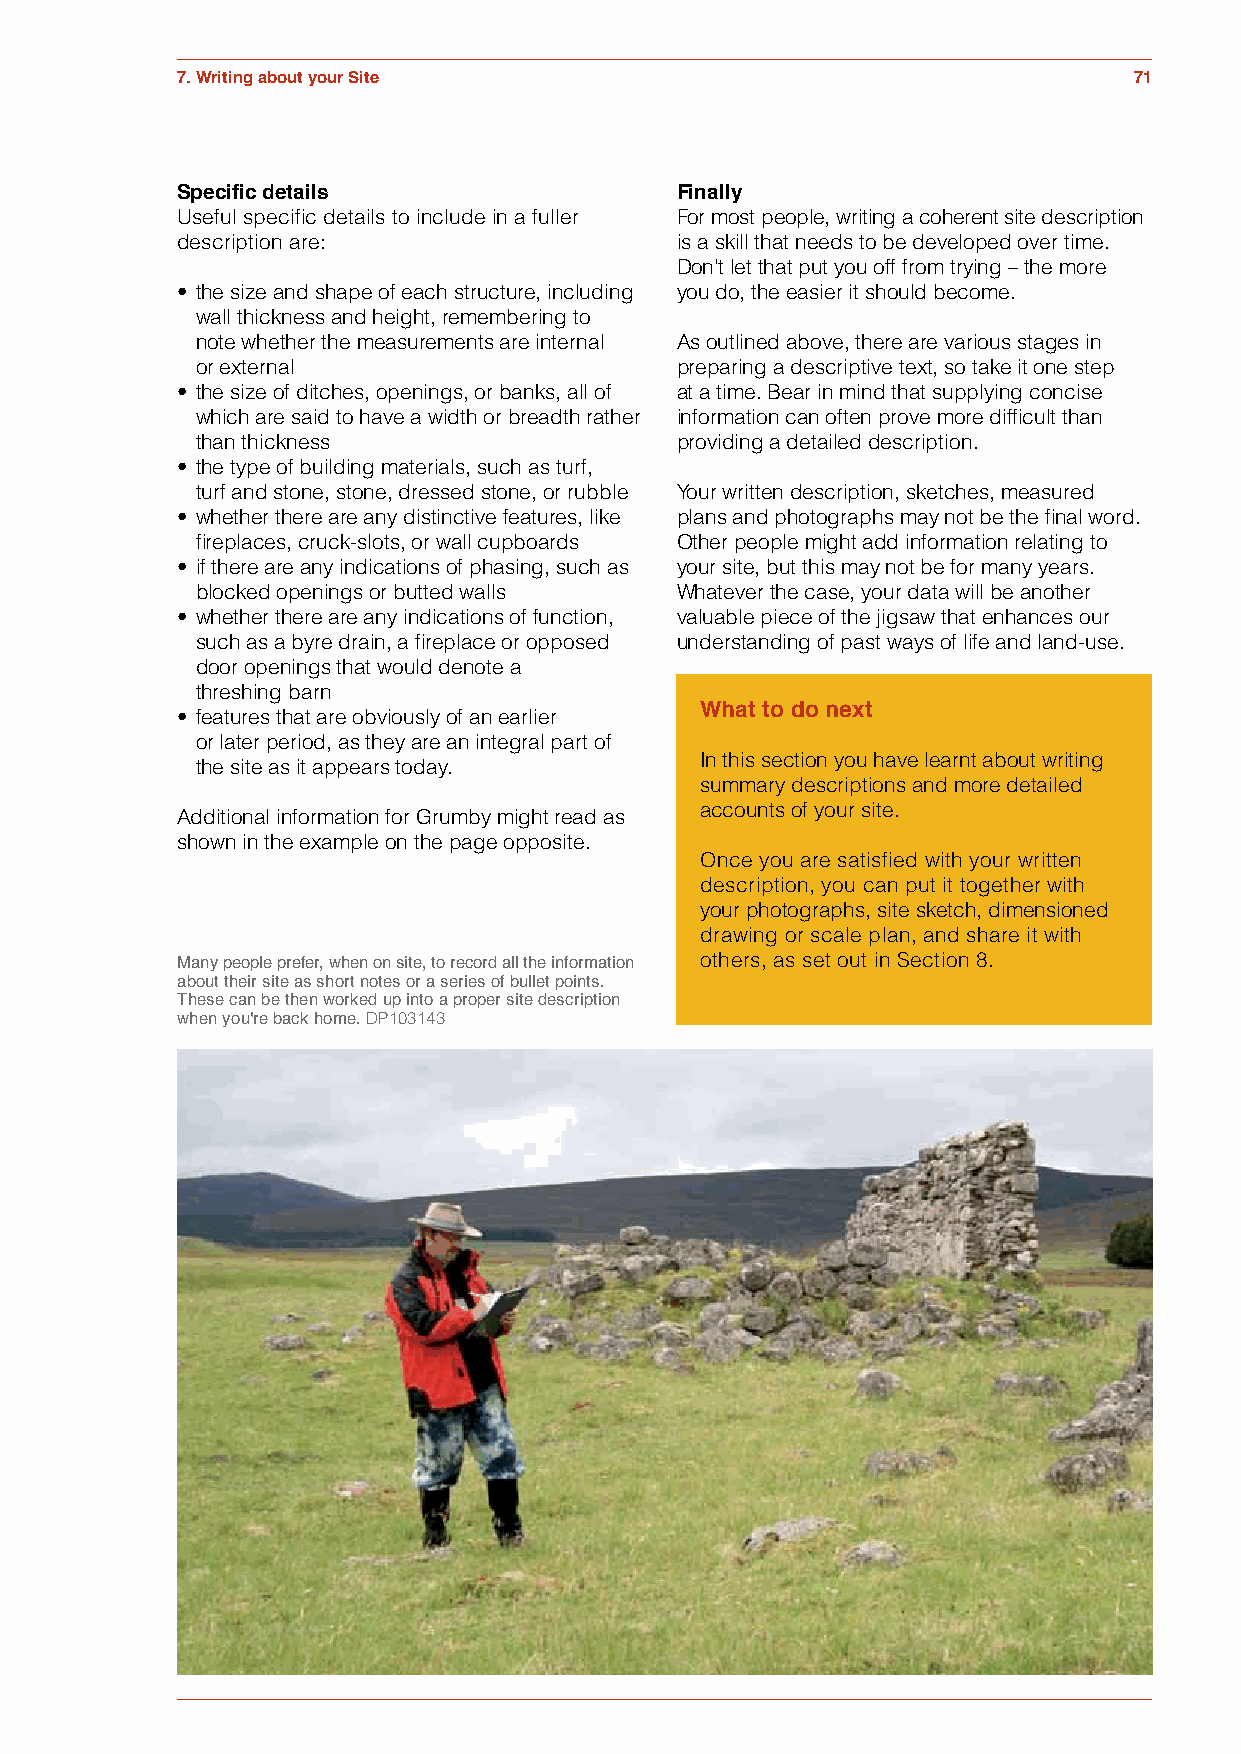
7. Writing about your Site                                     71
 Specific details                 Finally
 Useful specific details to include in a fuller For most people, writing a coherent site description
 description are:                 is a skill that needs to be developed over time.
 Don’t let that put you off from trying – the more
 • the size and shape of each structure, including you do, the easier it should become.
 wall thickness and height, remembering to
 note whether the measurements are internal As outlined above, there are various stages in
 or external                     preparing a descriptive text, so take it one step
 • the size of ditches, openings, or banks, all of at a time. Bear in mind that supplying concise
 which are said to have a width or breadth rather information can often prove more difficult than
 than thickness                  providing a detailed description.
 • the type of building materials, such as turf,
 turf and stone, stone, dressed stone, or rubble Your written description, sketches, measured
 • whether there are any distinctive features, like plans and photographs may not be the final word.
 fireplaces, cruck-slots, or wall cupboards Other people might add information relating to
 • if there are any indications of phasing, such as your site, but this may not be for many years.
 blocked openings or butted walls Whatever the case, your data will be another
 • whether there are any indications of function, valuable piece of the jigsaw that enhances our
 such as a byre drain, a fireplace or opposed understanding of past ways of life and land-use.
 door openings that would denote a
 threshing barn
 • features that are obviously of an earlier What to do next
 or later period, as they are an integral part of
 In this section you have learnt about writing
 the site as it appears today.
 summary descriptions and more detailed
 accounts of your site.
 Additional information for Grumby might read as
 shown in the example on the page opposite.
 Once you are satisfied with your written
 description, you can put it together with
 your photographs, site sketch, dimensioned
 drawing or scale plan, and share it with
 others, as set out in Section 8.
 Many people prefer, when on site, to record all the information
 about their site as short notes or a series of bullet points.
 These can be then worked up into a proper site description
 when you're back home. DP103143